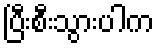
ပြီးစီးသွားပါက